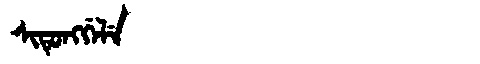
Manchu: ᠰᡳᡨᡠᠩᡤᡝᠯᡝ
Romanization: SITUNGGELE